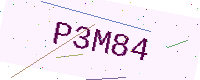
Text: P3M84